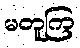
မတူကြ